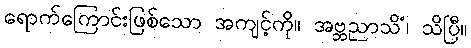
ရောက်ကြောင်းဖြစ်သော အကျင့်ကို။ အဗ္ဘညာသိံ၊ သိပြီ။